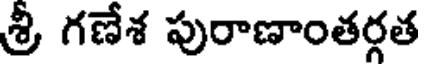
శ్రీ గణేశ పురాణాంతర్గత